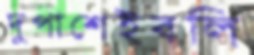
দুপাশেইবলি